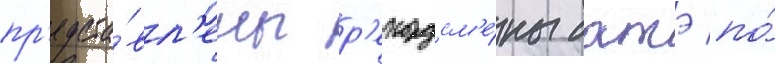
пр'едста́вл'ены р'екордсм'е́ны батэ по́